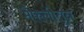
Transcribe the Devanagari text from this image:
मैफलीतून